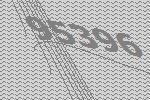
95396